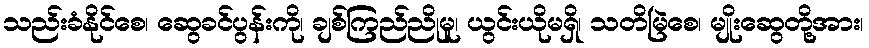
သည်းခံနိုင်စေ၊ ဆွေခင်ပွန်းကို၊ ချစ်ကြည်ညိုမူ၊ ယွင်းယိုမရှိ၊ သတိမြဲစေ၊ မျိုးဆွေတို့အား၊